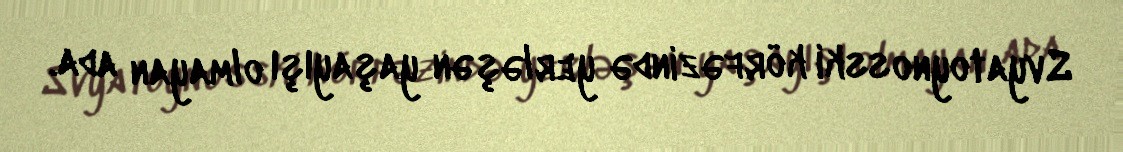
Svyatoynosski körfəzində yerləşən yaşayışı olmayan ada.